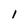
Character: l